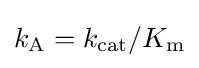
k_{\mathrm {A} }=k_{\text{cat}}/K_{\mathrm {m} }